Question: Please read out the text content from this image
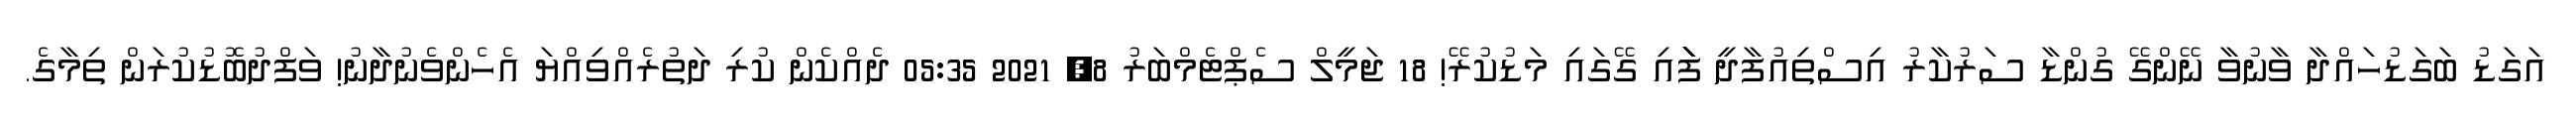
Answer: އަގަޑު ބަގަޑުހައްދާ ވާނުވާ ނޭންގޭ ގުންޑާ ސަރުކާރު އިސްތިއުފާދީ ފަަަަަަަަަަަަަައި ގޭގައި މަޑުކުރޭ! 18 ޖަމީލް ސެޕްޓެމްބަރު 8, 2021 05:35 ދެއްކެން ކުރި ދަތުރެއްވިއްޔަ އެހެންވެނުދާނު! ވަފްދުބޮޑުކުރަން ތިމާގެ.